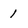
Character: 1